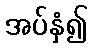
အပ်နှံ၍